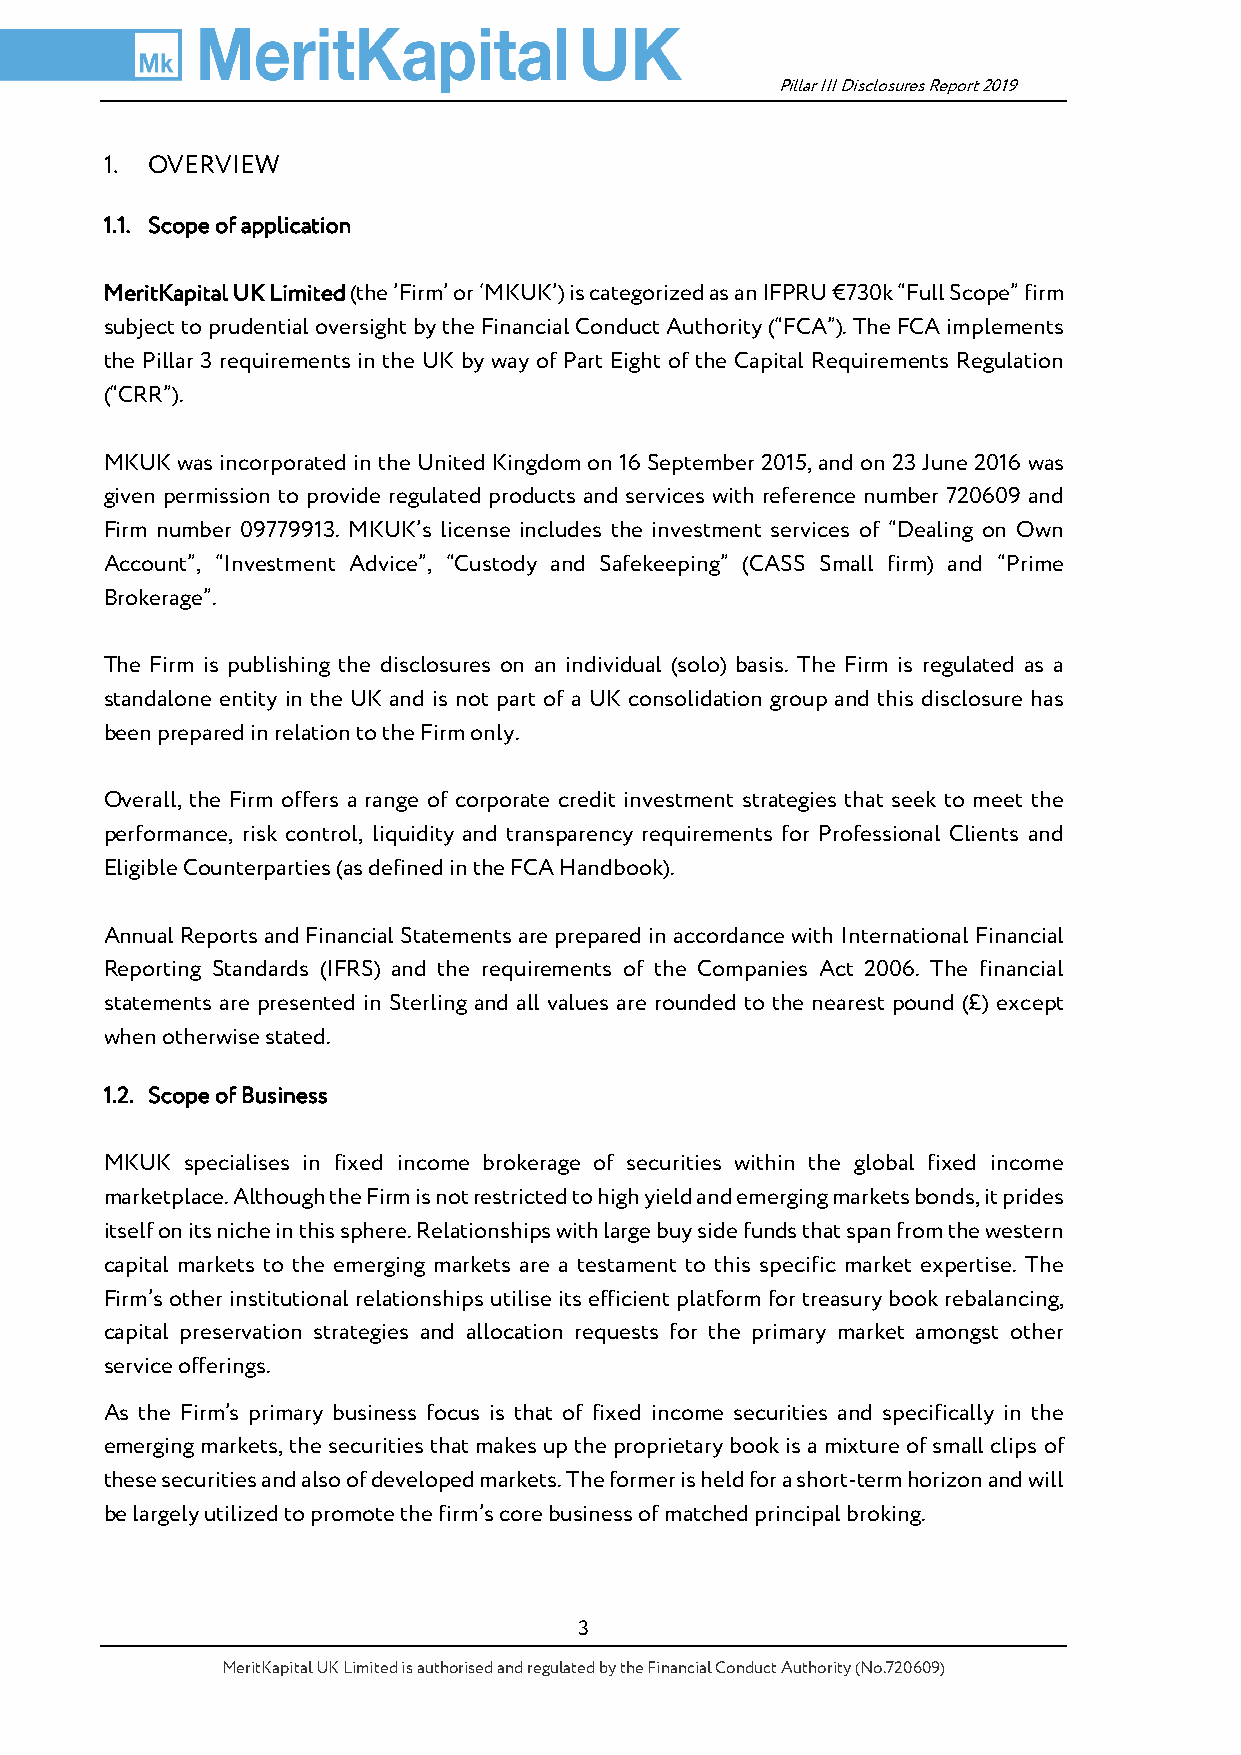
Pillar III Disclosures Report 2019
 1. OVERVIEW
 1.1. Scope of application
 MeritKapital UK Limited (the ’Firm’ or ‘MKUK’) is categorized as an IFPRU €730k “Full Scope” firm
 subject to prudential oversight by the Financial Conduct Authority (“FCA”). The FCA implements
 the Pillar 3 requirements in the UK by way of Part Eight of the Capital Requirements Regulation
 (“CRR”).
 MKUK was incorporated in the United Kingdom on 16 September 2015, and on 23 June 2016 was
 given permission to provide regulated products and services with reference number 720609 and
 Firm number 09779913. MKUK’s license includes the investment services of “Dealing on Own
 Account”, “Investment Advice”, “Custody and Safekeeping” (CASS Small firm) and “Prime
 Brokerage”.
 The Firm is publishing the disclosures on an individual (solo) basis. The Firm is regulated as a
 standalone entity in the UK and is not part of a UK consolidation group and this disclosure has
 been prepared in relation to the Firm only.
 Overall, the Firm offers a range of corporate credit investment strategies that seek to meet the
 performance, risk control, liquidity and transparency requirements for Professional Clients and
 Eligible Counterparties (as defined in the FCA Handbook).
 Annual Reports and Financial Statements are prepared in accordance with International Financial
 Reporting Standards (IFRS) and the requirements of the Companies Act 2006. The financial
 statements are presented in Sterling and all values are rounded to the nearest pound (£) except
 when otherwise stated.
 1.2. Scope of Business
 MKUK specialises in fixed income brokerage of securities within the global fixed income
 marketplace. Although the Firm is not restricted to high yield and emerging markets bonds, it prides
 itself on its niche in this sphere. Relationships with large buy side funds that span from the western
 capital markets to the emerging markets are a testament to this specific market expertise. The
 Firm’s other institutional relationships utilise its efficient platform for treasury book rebalancing,
 capital preservation strategies and allocation requests for the primary market amongst other
 service offerings.
 As the Firm’s primary business focus is that of fixed income securities and specifically in the
 emerging markets, the securities that makes up the proprietary book is a mixture of small clips of
 these securities and also of developed markets. The former is held for a short-term horizon and will
 be largely utilized to promote the firm’s core business of matched principal broking.
 3
 MeritKapital UK Limited is authorised and regulated by the Financial Conduct Authority (No.720609)